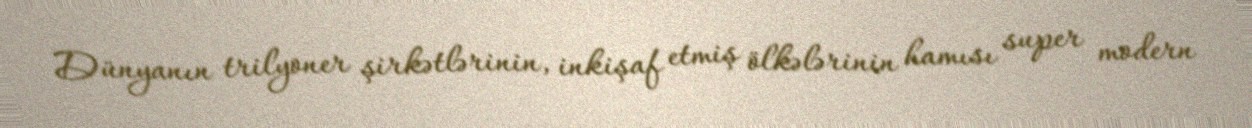
Dünyanın trilyoner şirkətlərinin, inkişaf etmiş ölkələrinin hamısı super modern